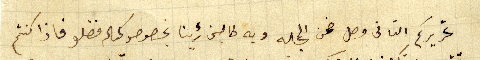
تحريركم التانى وصل ضمن المجله وبه طالبن رءينا بخصوص كمباله فضلوا فاذا كنتم